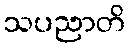
သပညာတိ